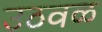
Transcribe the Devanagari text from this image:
उठवळ